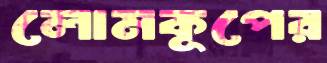
লোমকূপের